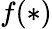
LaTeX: f(*)